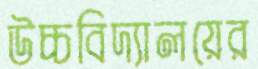
উচ্চবিদ্যালয়ের